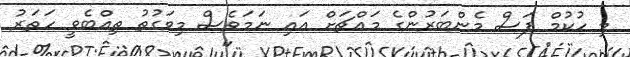
މި ހުކުމް ފަސް މެންބަރުންގެ މައްޗަށް އައި ނަމަވެސް މިވަގުތު ތިއްބެވީ ހަތަރު